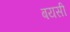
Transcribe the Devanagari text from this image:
बयसी